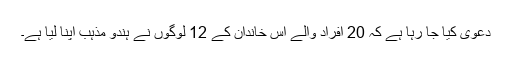
دعویٰ کیا جا رہا ہے کہ 20 افراد والے اس خاندان کے 12 لوگوں نے ہندو مذہب اپنا لیا ہے۔